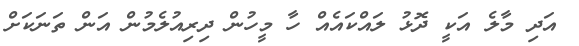
އަދި މާލެ އަކީ ދޮޅު ލައްކައެއް ހާ މީހުން ދިރިއުލެމުން އަން ތަނަކަށް